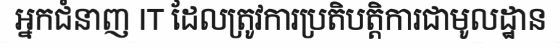
អ្នកជំនាញ IT ដែលត្រូវការប្រតិបត្តិការជាមូលដ្ឋាន